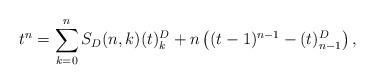
LaTeX: \begin{align*} t^n = \sum_{k=0}^{n} S_D(n,k)(t)_k^D + n\left((t-1)^{n-1} - (t)_{n-1}^D \right),\end{align*}